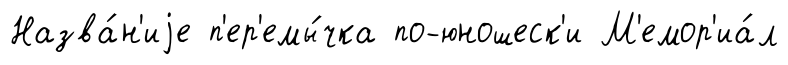
Назва́н'иjе п'ер'емы́чка по-юношеск'и М'емор'иа́л